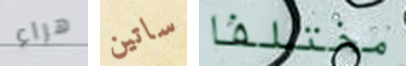
هراء ساتين مختلفا